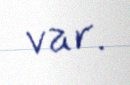
var.